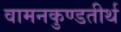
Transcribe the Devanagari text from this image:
वामनकुण्डतीर्थ